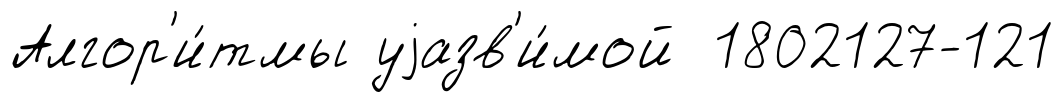
Алгор'и́тмы уjазв'и́мой 1802127-121